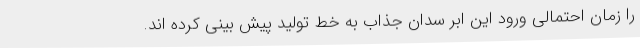
را زمان احتمالی ورود این ابر سدان جذاب به خط تولید پیش بینی کرده اند.